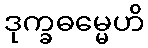
ဒုက္ခဓမ္မေဟိ